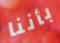
بأننا